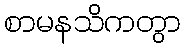
စာမနသိကတွာ